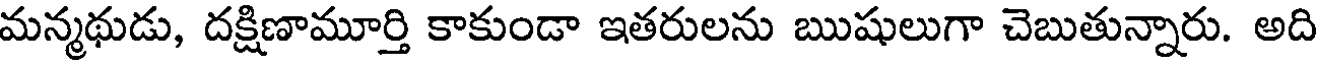
మన్మథుడు, దక్షిణామూర్తి కాకుండా ఇతరులను ఋషులుగా చెబుతున్నారు. అది